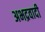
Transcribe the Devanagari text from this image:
अभद्रवादी